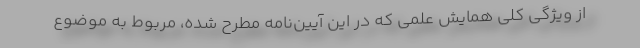
از ویژگی کلی همایش علمی که در این آیین‌نامه مطرح شده، مربوط به موضوع